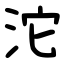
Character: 沱